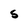
Character: S